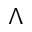
\Lambda